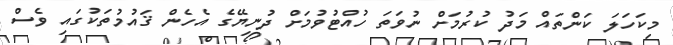
މިކަހަލަ ކަންތައް މަދު ކުރުމަށް ނުވަތަ ހުއްޓުވުމަށް ދުނިޔޭގެ އެހެން ޤައުމުތަކުގައި ވެސް